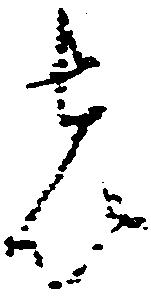
者